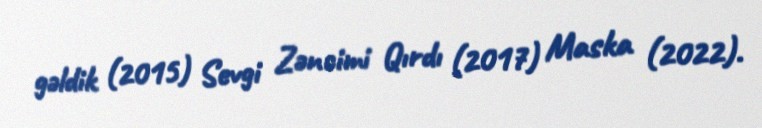
gəldik (2015) Sevgi Zəncimi Qırdı (2017) Maska (2022).